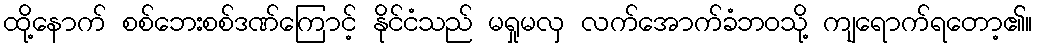
ထို့နောက် စစ်ဘေးစစ်ဒဏ်ကြောင့် နိုင်ငံသည် မရှုမလှ လက်အောက်ခံဘဝသို့ ကျရောက်ရတော့၏။